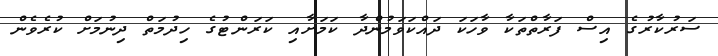
ސަރުކާރުގެ އިސް ފަރާތްތަކާ ވާހަކަ ދައްކަވަމުންދާ ކަމަށާއި ކަރަންޓުގެ ހިދުމަތް ދިނުމަށް ކުރެވެން